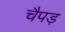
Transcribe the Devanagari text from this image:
चैपड़